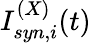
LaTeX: I_{syn,i}^{(X)}(t)